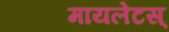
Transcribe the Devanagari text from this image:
मायलेटस्